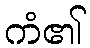
ကံ၏